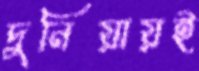
দুনিয়ায়ই